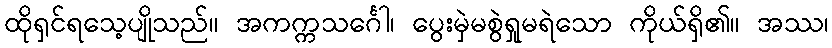
ထိုရှင်ရသေ့ပျိုသည်။ အကက္ကသင်္ဂေါ၊ ပွေးမှဲမစွဲရှုမရဲသော ကိုယ်ရှိ၏။ အဿ၊